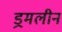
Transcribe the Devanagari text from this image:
ड्रमलीन